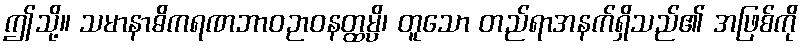
ဤသို့။ သမာနာဓိကရဏဘာဝဉာဝနတ္ထမ္ပိ၊ တူသော တည်ရာအနက်ရှိသည်၏ အဖြစ်ကို